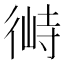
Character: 𱝶